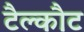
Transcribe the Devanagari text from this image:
टैल्कौट